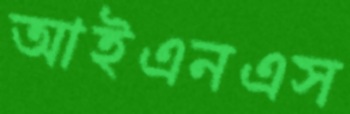
আইএনএস